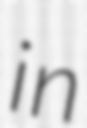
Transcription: in